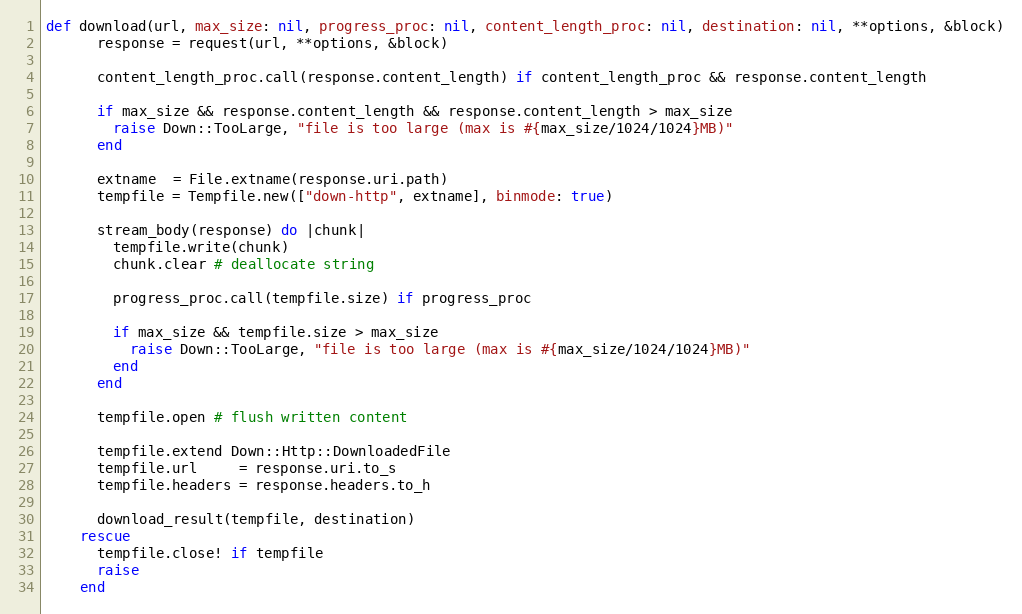
Language: Ruby
def download(url, max_size: nil, progress_proc: nil, content_length_proc: nil, destination: nil, **options, &block)
      response = request(url, **options, &block)

      content_length_proc.call(response.content_length) if content_length_proc && response.content_length

      if max_size && response.content_length && response.content_length > max_size
        raise Down::TooLarge, "file is too large (max is #{max_size/1024/1024}MB)"
      end

      extname  = File.extname(response.uri.path)
      tempfile = Tempfile.new(["down-http", extname], binmode: true)

      stream_body(response) do |chunk|
        tempfile.write(chunk)
        chunk.clear # deallocate string

        progress_proc.call(tempfile.size) if progress_proc

        if max_size && tempfile.size > max_size
          raise Down::TooLarge, "file is too large (max is #{max_size/1024/1024}MB)"
        end
      end

      tempfile.open # flush written content

      tempfile.extend Down::Http::DownloadedFile
      tempfile.url     = response.uri.to_s
      tempfile.headers = response.headers.to_h

      download_result(tempfile, destination)
    rescue
      tempfile.close! if tempfile
      raise
    end